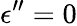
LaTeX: \epsilon^{\prime\prime}=0